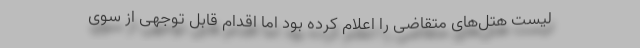
لیست هتل‌های متقاضی را اعلام کرده بود اما اقدام قابل توجهی از سوی